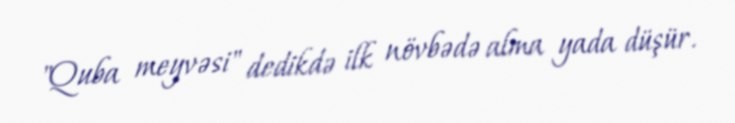
"Quba meyvəsi" dedikdə ilk növbədə alma yada düşür.